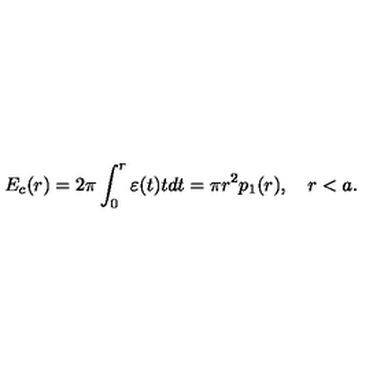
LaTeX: E _ { c } ( r ) = 2 \pi \int _ { 0 } ^ { r } { \varepsilon ( t ) t d t } = \pi r ^ { 2 } p _ { 1 } ( r ) , \quad r < a .